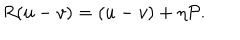
R ( u - v ) = ( u - v ) + \eta { \cal P } .